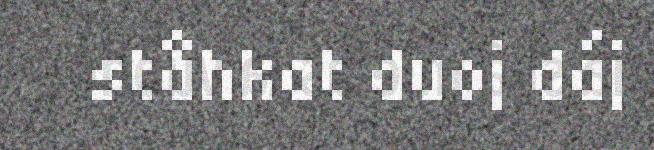
ståhkat duoj dáj